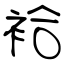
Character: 袷